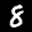
Label: 8